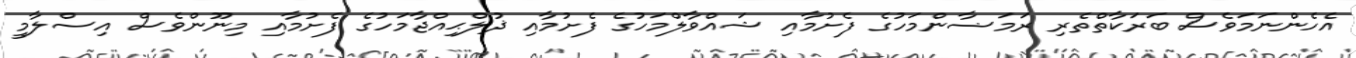
އެހެންނަމަވެސް ބަރަކާތްތެރި ރަމަޟާންމަހުގެ ފެށުމާއި ޝައްވާލްމަހުގެ ފެށުމާއި ޛުލްޙިއްޖާމަހުގެ ފެށުމާއި މިނޫންވެސް އިސްލާމީ